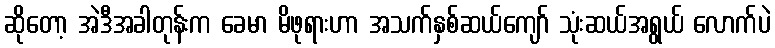
ဆိုတော့ အဲဒီအခါတုန်းက ခေမာ မိဖုရားဟာ အသက်နှစ်ဆယ်ကျော် သုံးဆယ်အရွယ် လောက်ပဲ